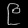
Digit: ၉